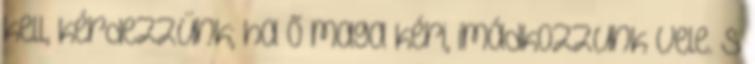
kell, kérdezzünk; ha ő maga kéri, imádkozzunk vele. S